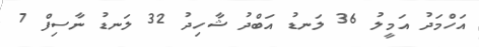
އަހްމަދު އަމީލު 36 ލަނޑު އަބްދު ޝާހިދު 32 ލަނޑު ނާސިފް 7